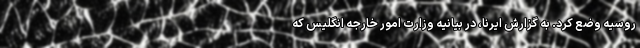
روسیه وضع کرد. به گزارش ایرنا، در بیانیه وزارت امور خارجه انگلیس که